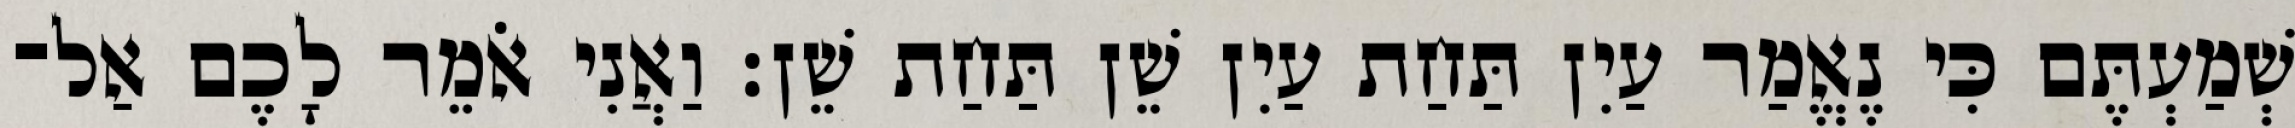
שְׁמַעְתֶּם כִּי נֶאֱמַר עַיִן תַּחַת עַיִן שֵׁן תַּחַת שֵׁן׃ וַאֲנִי אֹמֵר לָכֶם אַל־